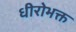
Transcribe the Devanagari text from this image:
धीरोभक्त